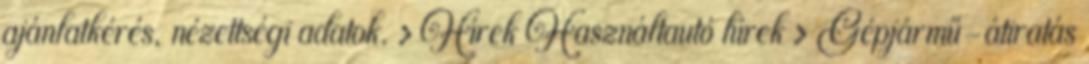
ajánlatkérés, nézettségi adatok. › Hírek Használtautó hírek › Gépjármű-átiratás